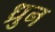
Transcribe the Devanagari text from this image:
ध्रुन